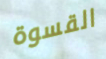
القسوة